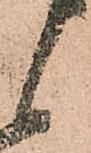
候